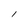
Character: l